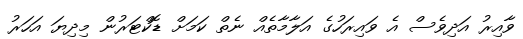
ވާއިރު އަދިވެސް އެ ވައިރަހުގެ އަލާމާތެއް ނެތް ކަމަށް ޑޮކްޓަރުން މިދިޔަ އަހަރު